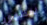
للظهور